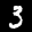
Label: 3